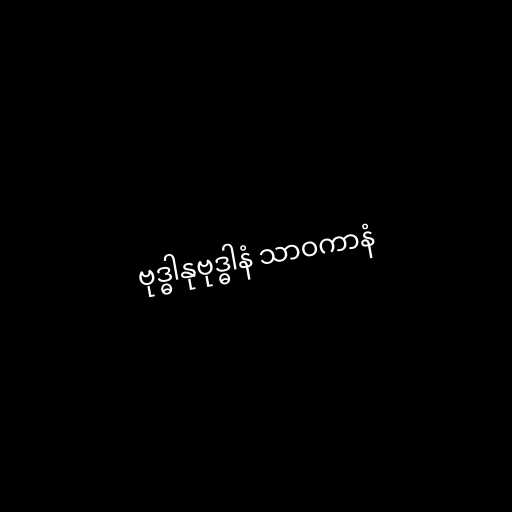
ဗုဒ္ဓါနုဗုဒ္ဓါနံ သာဝကာနံ